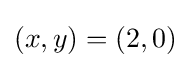
(x,y)=(2,0)